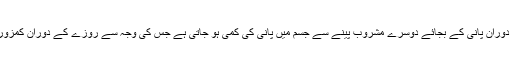
افطار سے سحری کے دوران پانی کے بجائے دوسرے مشروب پینے سے جسم میں پانی کی کمی ہو جاتی ہے جس کی وجہ سے روزے کے دوران کمزوری محسوس ہوتی ہے ۔